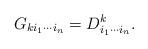
LaTeX: \begin{align*} G_{k i_1 \cdots i_n} = D^k_{i_1 \cdots i_n}. \end{align*}